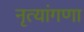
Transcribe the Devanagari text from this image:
नृत्यांगणा